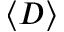
\langle D \rangle